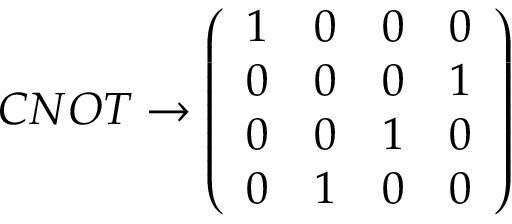
{ C N O T } \rightarrow \left( \begin{array} { c c c c } { 1 } & { 0 } & { 0 } & { 0 } \\ { 0 } & { 0 } & { 0 } & { 1 } \\ { 0 } & { 0 } & { 1 } & { 0 } \\ { 0 } & { 1 } & { 0 } & { 0 } \end{array} \right)